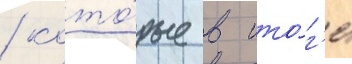
/ кото́рые в ито́г'е